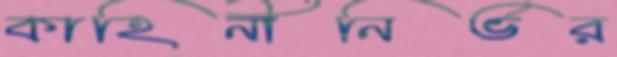
কাহিনীনির্ভর